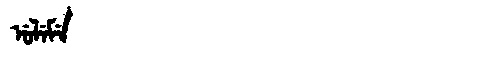
Manchu: ᡠᠯᡝᠮᡝ
Romanization: ULEME